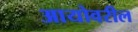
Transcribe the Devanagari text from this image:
आयोवरील